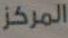
المركز